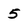
Character: 5